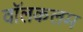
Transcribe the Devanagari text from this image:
वॉलकलम